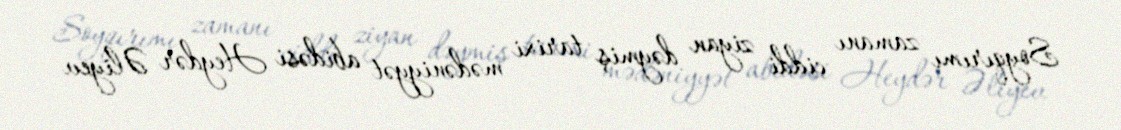
Soyqırımı zamanı ciddi ziyan dəymiş tarixi mədəniyyət abidəsi Heydər Əliyev